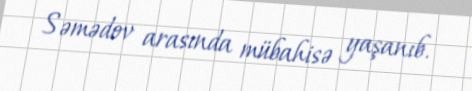
Səmədov arasında mübahisə yaşanıb.